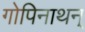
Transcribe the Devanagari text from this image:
गोपिनाथन्